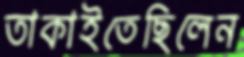
তাকাইতেছিলেন